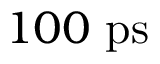
1 0 0 ~ \mathrm { p s }